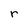
Character: r